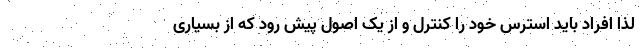
لذا افراد باید استرس خود را کنترل و از یک اصول پیش رود که از بسیاری